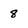
Character: 8